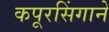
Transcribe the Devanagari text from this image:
कपूरसिंगाने